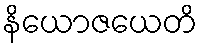
နိယောဇယေတိ